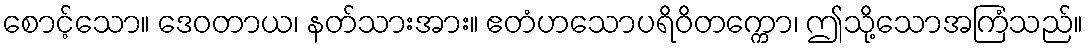
စောင့်သော။ ဒေဝတာယ၊ နတ်သားအား။ ဧတံဟသောပရိဝိတက္ကော၊ ဤသို့သောအကြံသည်။